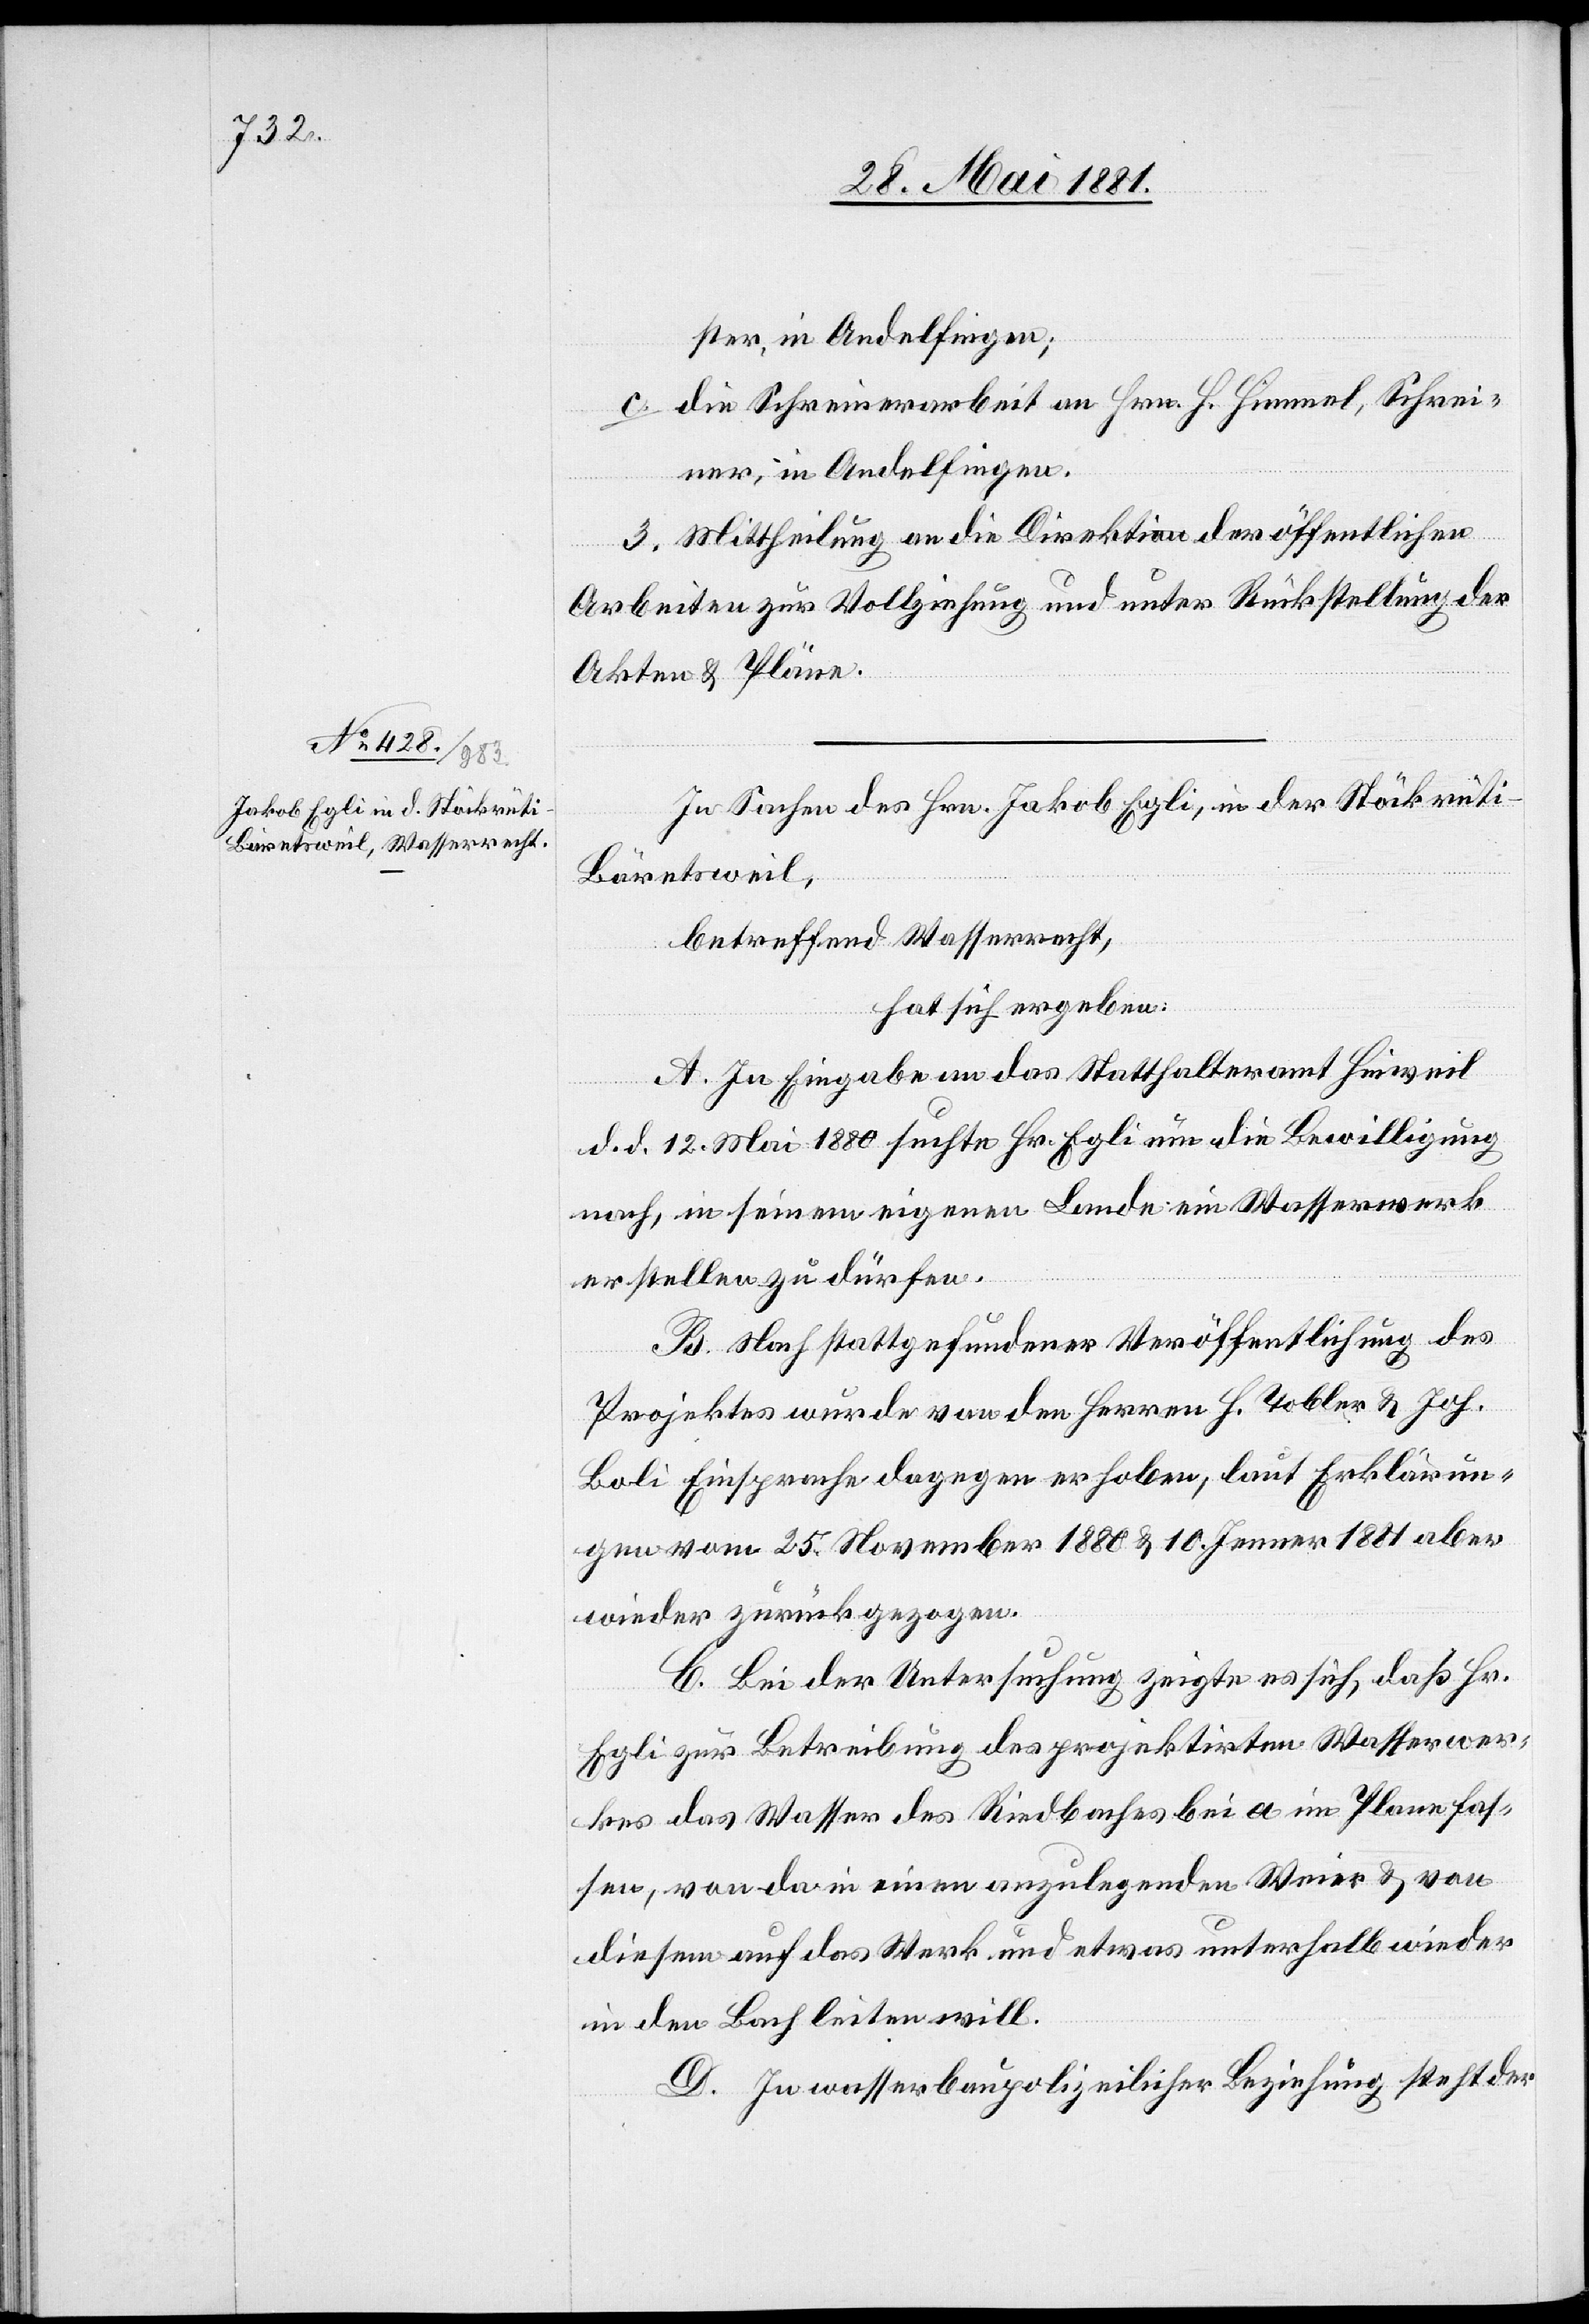
ster, in Andelfingen;
c. die Schreinerarbeit an Hrn. H. Himmel, Schrei¬
ner, in Andelfingen.
3. Mittheilung an die Direktion der öffentlichen
Arbeiten zur Vollziehung und unter Rückstellung der
Akten & Pläne.
In Sachen des Hrn. Jakob Egli, in der Stöckrüti
Bäretsweil,
betreffend Wasserrecht,
hat sich ergeben:
A. In Eingabe an das Statthalteramt Hinweil
d. d. 12. Mai 1880 suchte Hr. Egli um die Bewilligung
nach, in seinem eigenen Lande ein Wasserwerk
erstellen zu dürfen.
B. Nach stattgefundener Veröffentlichung des
Projektes wurde von den Herren H. Tobler & Joh.
Boli Einsprache dagegen erhoben, laut Erklärun¬
gen vom 25. November 1880 & 10. Jenner 1881 aber
wieder zurückgezogen.
C. Bei der Untersuchung zeigte es sich, das Hr.
Egli zur Betreibung des projektirten Wasserwer¬
kes das Wasser des Riedbaches bei a im Plane fas¬
sen, von da in einen anzulegenden Weier & von
diesem auf das Werk und etwas unterhalb wieder
in den Bach leiten will.
D. In wasserbaupolizeilicher Beziehung steht der